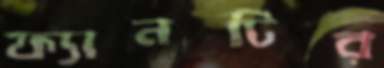
ফ্যানটির